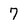
Character: 7